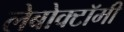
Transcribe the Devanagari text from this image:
लेबोक्टॉमी